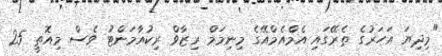
"މިދިޔަ އަހަރުގެ ތެރޭގައި އެމްއެމްއޭގެ މިނިމަމް ރިޒާވް ރިކުއާމަންޓު ވެސް މިއޮތީ 25